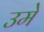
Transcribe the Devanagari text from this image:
उमे